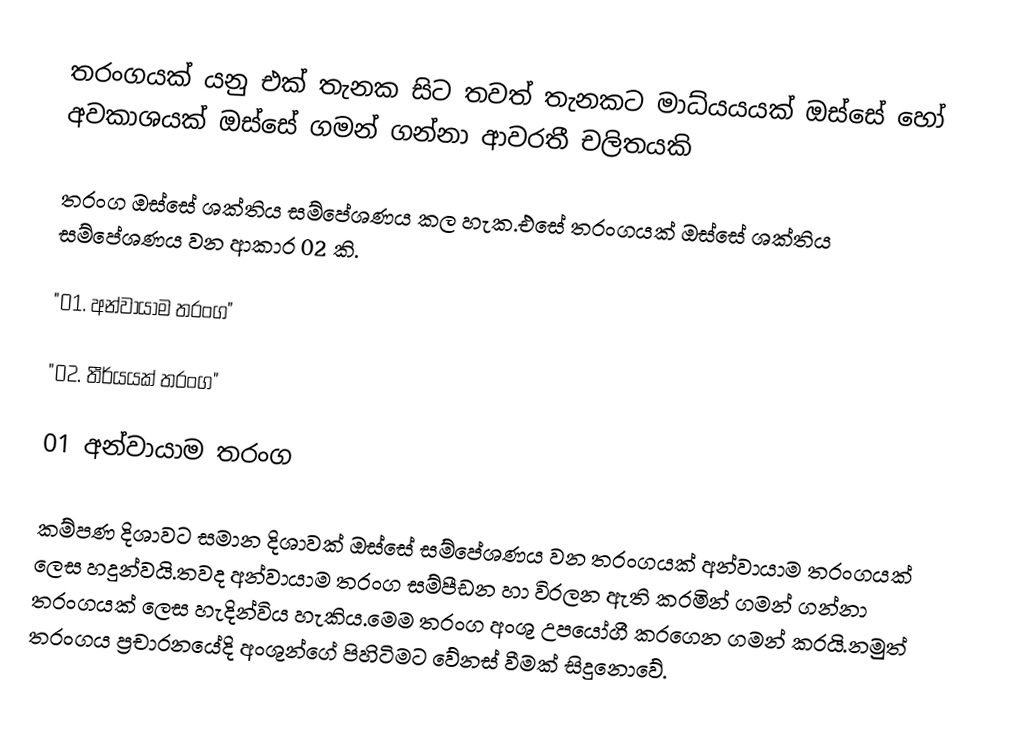
තරංගයක් යනු එක් තැනක සිට තවත් තැනකට මාධ්යයයක් ඔස්සේ හෝ අවකාශයක් ඔස්සේ ගමන් ගන්නා ආවරතී චලිතයකි

තරංග ඔස්සේ ශක්තිය සම්පේශණය කල හැක.එසේ තරංගයක් ඔස්සේ ශක්තිය සම්පේශණය වන ආකාර 02 කි.

"01. අන්වායාම තරංග"

"02. තීර්යයක් තරංග"

01 අන්වායාම තරංග

කම්පණ දිශාවට සමාන දිශාවක් ඔස්සේ සම්පේශණය වන තරංගයක් අන්වායාම තරංගයක් ලෙස හදුන්වයි.තවද අන්වායාම තරංග සම්පීඩන හා විරලන ඇති කරමින් ගමන් ගන්නා තරංගයක් ලෙස හැදින්විය හැකිය.මෙම තරංග අංශු උපයෝගී කරගෙන ගමන් කරයි.නමුත් තරංගය ප්‍රචාරනයේදි අංශුන්ගේ පිහිටිමට වේනස් වීමක් සිදුනොවේ.